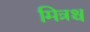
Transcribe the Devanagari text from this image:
मित्रश्च